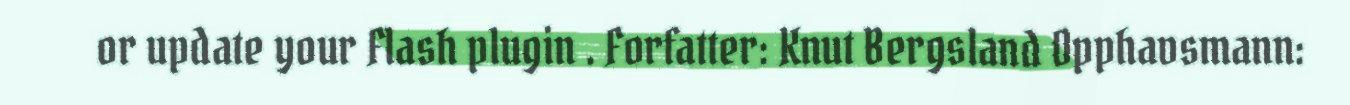
or update your Flash plugin . Forfatter: Knut Bergsland Opphavsmann: